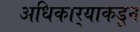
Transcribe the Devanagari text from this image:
अधिकार्‍याकडून